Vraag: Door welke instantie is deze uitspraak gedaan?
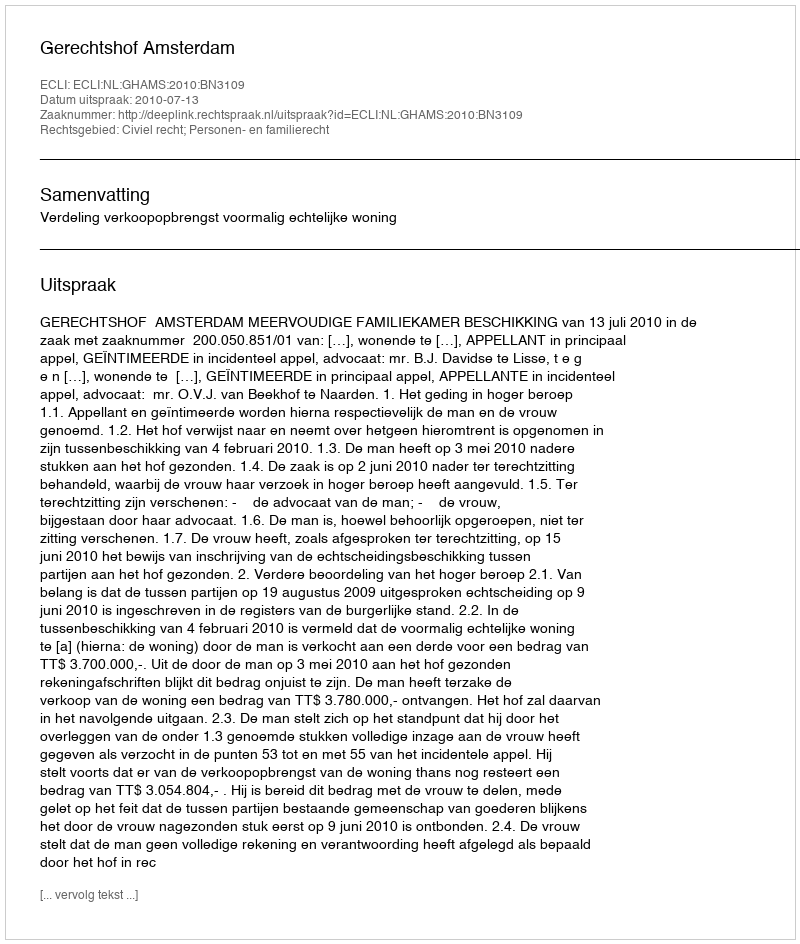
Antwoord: Gerechtshof Amsterdam